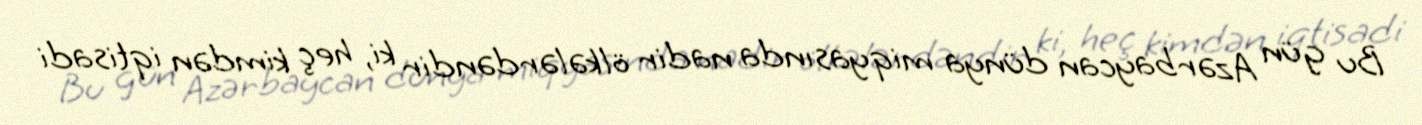
Bu gün Azərbaycan dünya miqyasında nadir ölkələrdəndir ki, heç kimdən iqtisadi